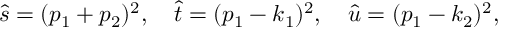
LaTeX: \hat { s } = ( p _ { 1 } + p _ { 2 } ) ^ { 2 } , \quad \hat { t } = ( p _ { 1 } - k _ { 1 } ) ^ { 2 } , \quad \hat { u } = ( p _ { 1 } - k _ { 2 } ) ^ { 2 } ,